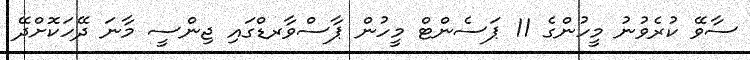
ސާވޭ ކުރެވުނު މީހުންގެ 11 ޕަސެންޓް މީހުން ޕާސްވާރޑްގައި ޖިންސީ މާނަ ދޭހަކޮށްދޭ